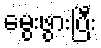
မွေးဖွားပြီး